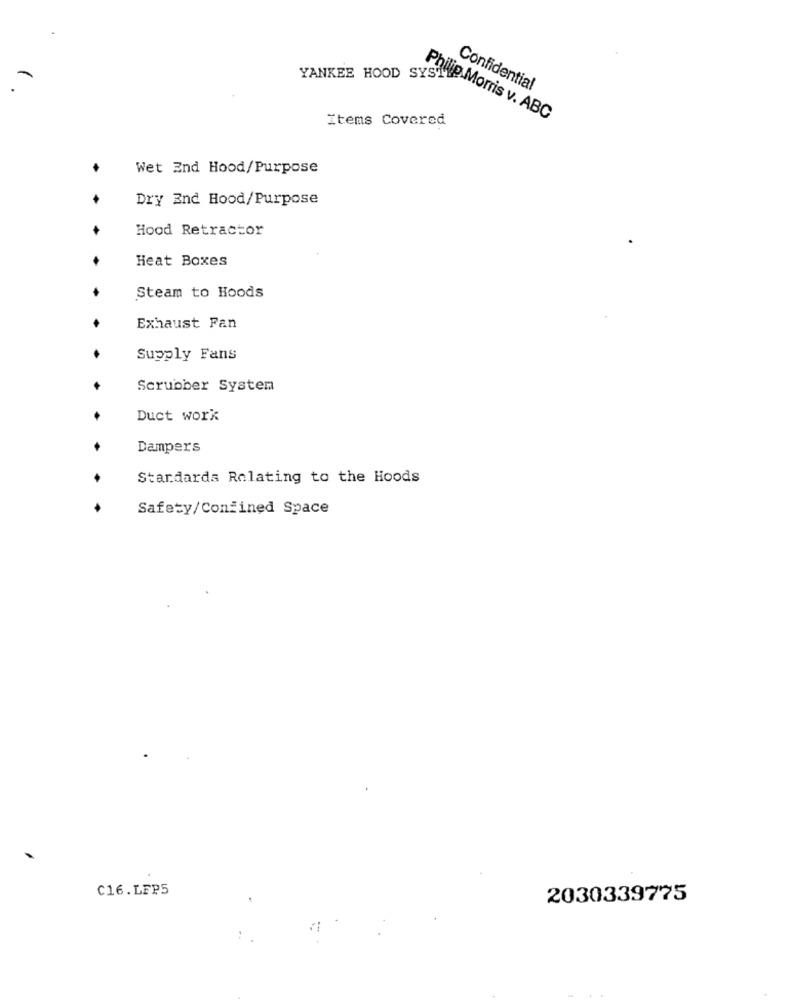
YANKEE HOOD SYST
Confidential
Items Covered
Philip Morris v. ABC
Wet End Hood/Purpose
Dry End Hood/Purpose
Hood Retractor
Heat Boxes
Steam to Hoods
Exhaust Fan
Supply Fans
Scrubber System
Duct work
Dampers
Standards Relating to the Hoods
Safety/Confined Space
C16.LFP5
2030339775